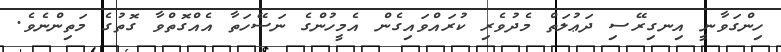
ހިންގަވާނީ އިނގިރޭސި ދަޢުލަތް މެދުވެރި ކުރައްވައިގެން އެމީހުންގެ ނަސޭހަތާ އެއްގޮތްވާ ގޮތުގެ މަތިންނެވެ.